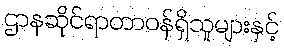
ဌာနဆိုင်ရာတာဝန်ရှိသူများနှင့်